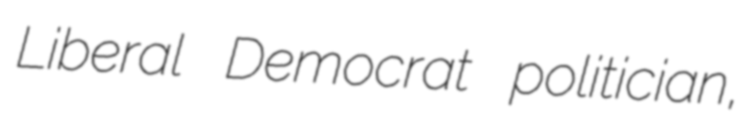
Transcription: Liberal Democrat politician,